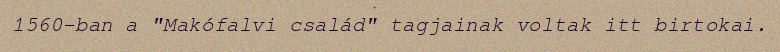
1560-ban a "Makófalvi család" tagjainak voltak itt birtokai.